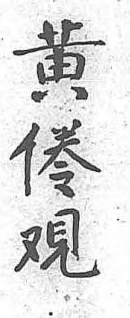
黃倦覌